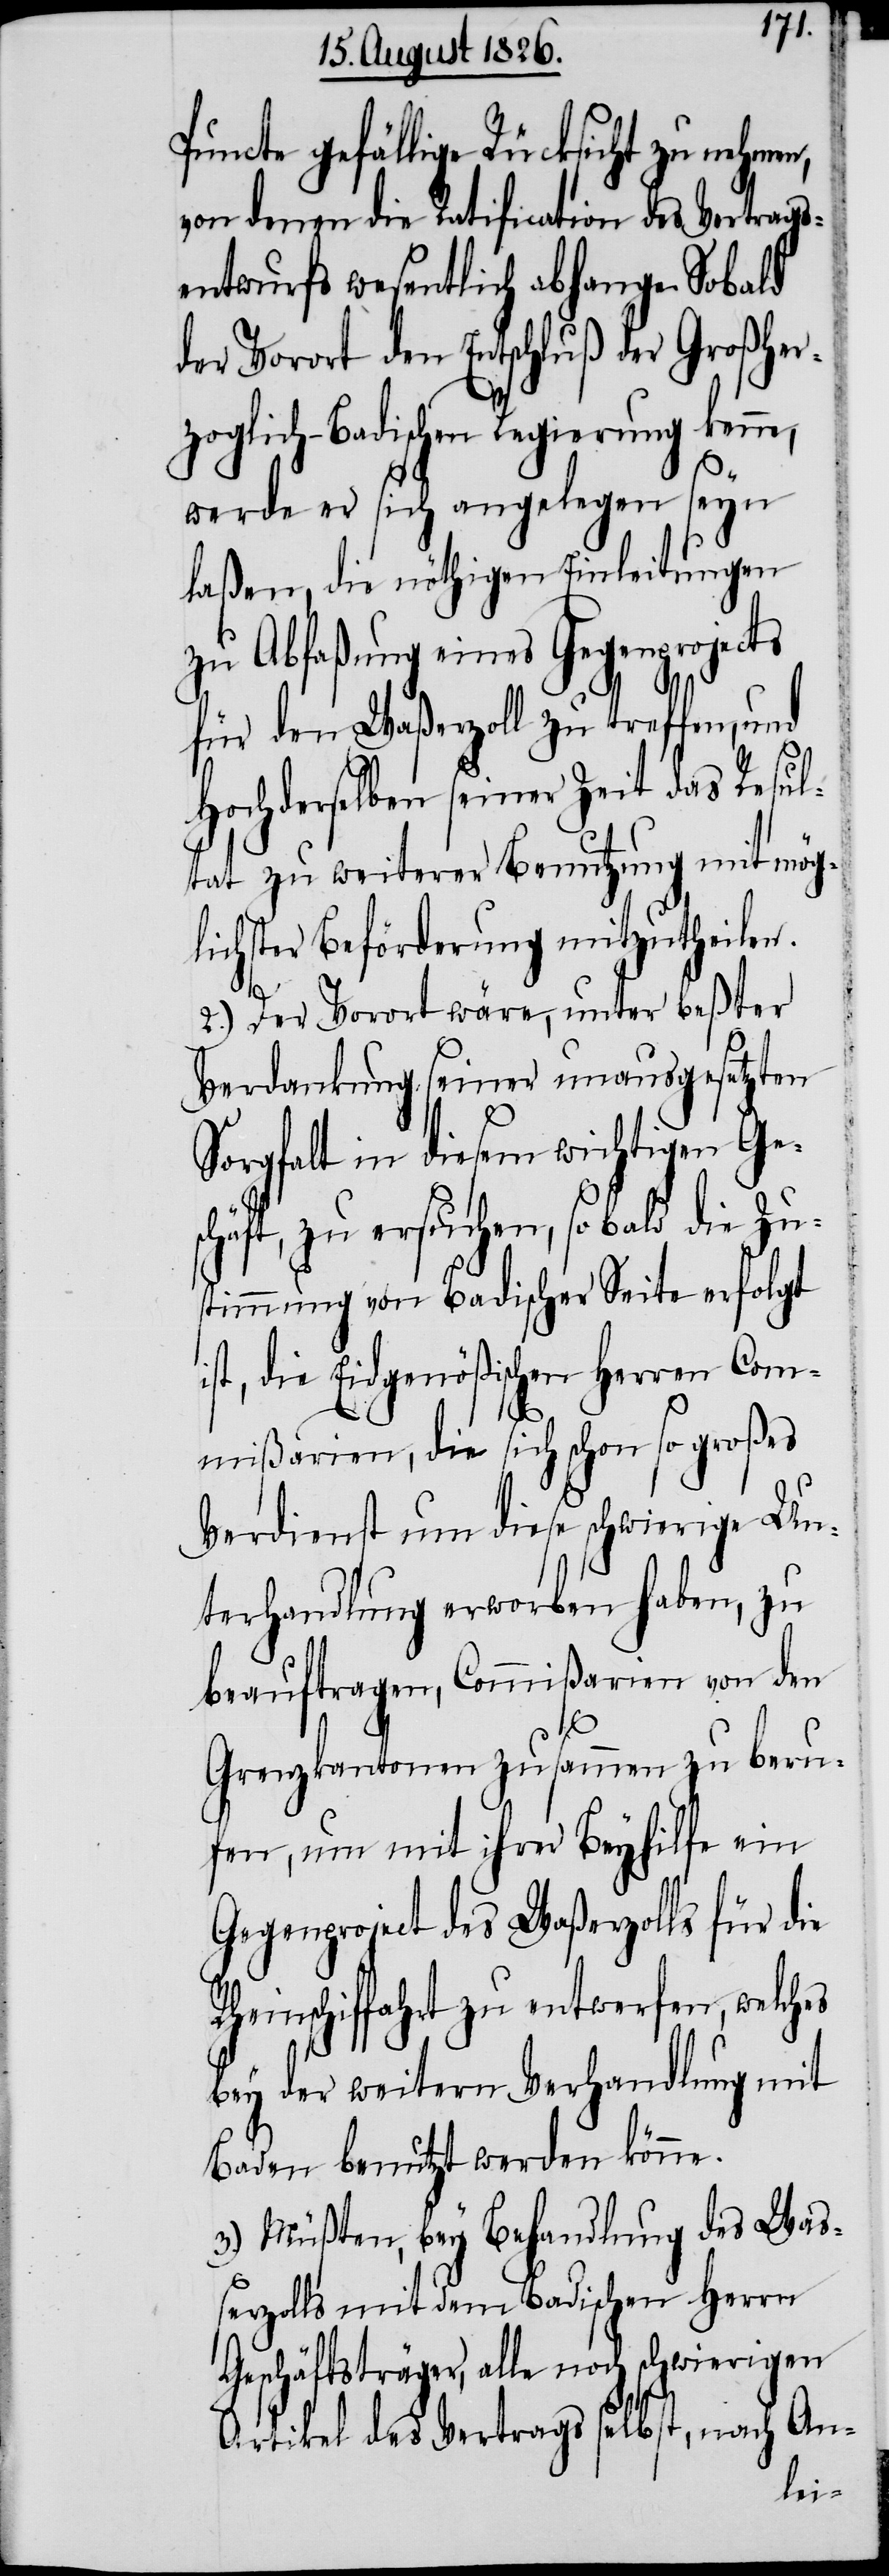
Puncte gefällige Rücksicht zu nehme¬
von denen die Ratification des Vertrags¬
entwurfs wesentlich abhange. Sobald
der Vorort den Entschluß der Großher¬
zoglich-Badischen Regierung kenne,
werde er sich angelegen seyn
laßen, die nöthigen Einleitungen
zu Abfaßung eines Gegenprojects
für den Waßerzoll zu treffen,
Hochderselben seiner Zeit das Resul¬
tat zu weiterer Benutzung mit mög¬
lichster Beförderung mitzutheilen.
2.) Der Vorort wäre, unter beßter
Verdankung seiner unausgesetzten
Sorgfalt in diesem wichtigen Ge¬
schäft, zu ersuchen, so bald die Zu¬
stimmung von Badischer Seite erfolgt
ist, die Eidgenößischen Herren Com¬
mißarien, die sich schon so großes
Verdienst um diese schwierige Un¬
terhandlung erworben haben, zu
beauftragen, Commißarien von den
n,
Grenzkantonen zusammen zu beru¬
fen, um mit ihrer Beyhilfe ein
Gegenproject des Waßerzolls für die
Rheinschiffahrt zu entwerfen, welches
bey der weitern Verhandlung mit
Baden benutzt werden könne.
3.) Müßten, bey Behandlung des Waß¬
erzolls mit dem Badischen Herrn
Geschäftsträger, alle noch schwierigen
Artikel des Vertrags selbst, nach An-